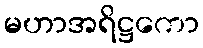
မဟာအရိဋ္ဌကော